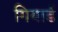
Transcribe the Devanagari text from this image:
गियार्ड